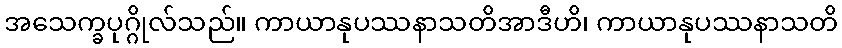
အသေက္ခပုဂ္ဂိုလ်သည်။ ကာယာနုပဿနာသတိအာဒီဟိ၊ ကာယာနုပဿနာသတိ